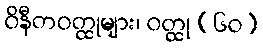
ဝိနီတဝတ္ထုများ၊ ဝတ္ထု (၆၀)